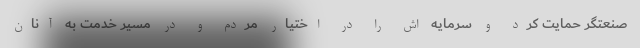
صنعتگر حمایت کرد و سرمایه اش را در اختیار مردم و در مسیر خدمت به آنان